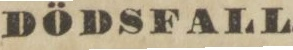
DÖDSFALL.